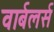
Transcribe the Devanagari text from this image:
वार्बलर्स